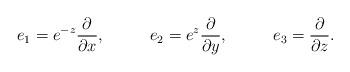
LaTeX: \begin{align*}e_{1}=e^{-z}\frac{\partial}{\partial x}, \phantom {XXX}e_{2}=e^{z}\frac{\partial}{\partial y},\phantom {XXX}e_{3}=\frac{\partial}{\partial z}.\end{align*}